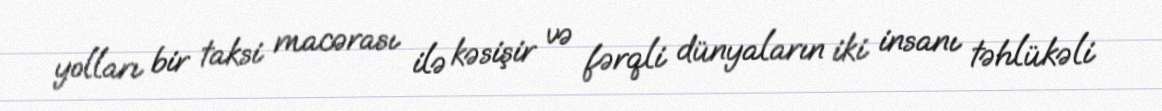
yolları bir taksi macərası ilə kəsişir və fərqli dünyaların iki insanı təhlükəli